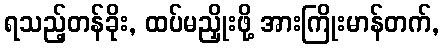
ရသည့်တန်ခိုး, ထပ်မညှိုးဖို့ အားကြိုးမာန်တက်,